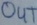
Text: OUT